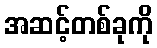
အဆင့်တစ်ခုကို